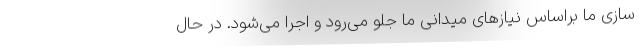
سازی ما براساس نیازهای میدانی ما جلو می‌رود و اجرا می‌شود. در حال